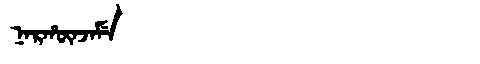
Manchu: ᠨᠠᡵᡥᡡᠨᠵᠠᠮᡝ
Romanization: NARHŪNJAME